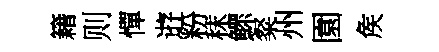
籍则憚逰粉秣鰥粲州園矦